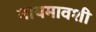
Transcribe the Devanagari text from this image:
मायमावशी